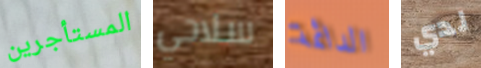
المستأجرين سلاحي الدائمة لدي